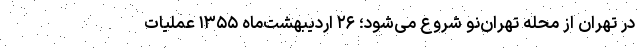
در تهران از محله تهران‌نو شروع می‌شود؛ ۲۶ اردیبهشت‌ماه ۱۳۵۵ عملیات